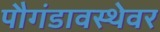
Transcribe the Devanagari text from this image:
पौगंडावस्थेवर